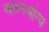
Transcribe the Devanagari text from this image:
सहनयोग्य